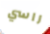
راسي